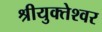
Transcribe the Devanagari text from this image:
श्रीयुक्तेश्वर